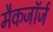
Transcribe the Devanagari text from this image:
मैकजॉर्ज